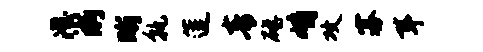
澄淅晰孰莲青磴峭攻寡耳